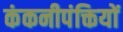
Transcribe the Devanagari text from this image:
कंकनीपंक्तियों